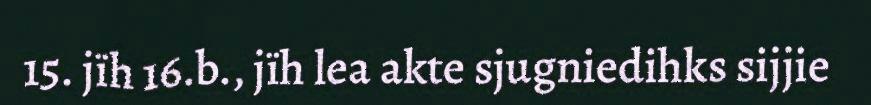
15. jïh 16.b., jïh lea akte sjugniedihks sijjie